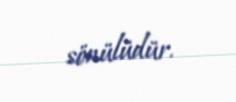
sönülüdür.